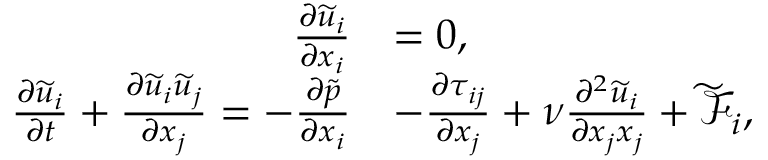
\begin{array} { r l } { \frac { \partial { \widetilde { u } } _ { i } } { \partial x _ { i } } } & { = 0 , } \\ { \frac { \partial { \widetilde { u } } _ { i } } { \partial t } + \frac { \partial { \widetilde { u } } _ { i } { \widetilde { u } } _ { j } } { \partial x _ { j } } = - \frac { \partial \widetilde { p } } { \partial x _ { i } } } & { - \frac { \partial \tau _ { i j } } { \partial x _ { j } } + \nu \frac { \partial ^ { 2 } { \widetilde { u } } _ { i } } { \partial x _ { j } x _ { j } } + { \widetilde { \mathcal { F } } } _ { i } , } \end{array}